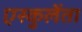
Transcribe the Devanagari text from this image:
एस्कुलेंता